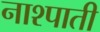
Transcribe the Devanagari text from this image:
नाश्पाती